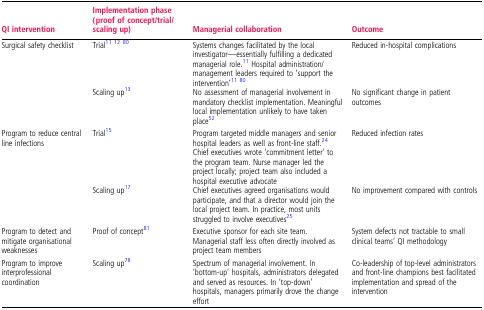
<table><thead><tr><td><b>QI intervention</b></td><td><b>Implementation phase (proof of concept/trial/scaling up)</b></td><td><b>Managerial collaboration</b></td><td><b>Outcome</b></td></tr></thead><tbody><tr><td rowspan="2">Surgical safety checklist</td><td>Trial111280</td><td>Systems changes facilitated by the local investigator—essentially fulfilling a dedicated managerial role.11 Hospital administration/management leaders required to ‘support the intervention’1180</td><td>Reduced in-hospital complications</td></tr><tr><td>Scaling up13</td><td>No assessment of managerial involvement in mandatory checklist implementation. Meaningful local implementation unlikely to have taken place52</td><td>No significant change in patient outcomes</td></tr><tr><td rowspan="2">Program to reduce central line infections</td><td>Trial15</td><td>Program targeted middle managers and senior hospital leaders as well as front-line staff.24 Chief executives wrote ‘commitment letter’ to the program team. Nurse manager led the project locally; project team also included a hospital executive advocate</td><td>Reduced infection rates</td></tr><tr><td>Scaling up17</td><td>Chief executives agreed organisations would participate, and that a director would join the local project team. In practice, most units struggled to involve executives25</td><td>No improvement compared with controls</td></tr><tr><td>Program to detect and mitigate organisational weaknesses</td><td>Proof of concept81</td><td>Executive sponsor for each site team. Managerial staff less often directly involved as project team members</td><td>System defects not tractable to small clinical teams’ QI methodology</td></tr><tr><td>Program to improve interprofessional coordination</td><td>Scaling up78</td><td>Spectrum of managerial involvement. In ‘bottom-up’ hospitals, administrators delegated and served as resources. In ‘top-down’ hospitals, managers primarily drove the change effort</td><td>Co-leadership of top-level administrators and front-line champions best facilitated implementation and spread of the intervention</td></tr></tbody></table>